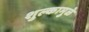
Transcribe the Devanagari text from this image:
शुल्कामुळे